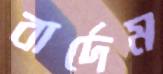
বার্দেম